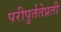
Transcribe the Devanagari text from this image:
परीपुर्ततेप्रती